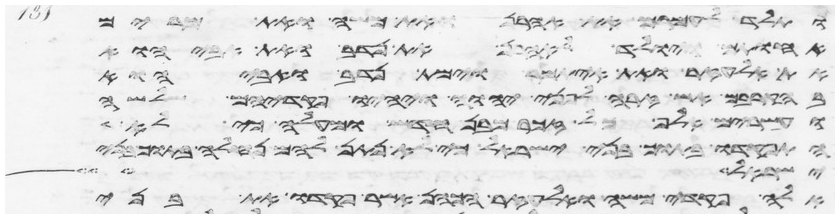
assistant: ותלד לעמרם את אהרן ואת משה ואת מרים
אחתם ויולד לאהרן את נדב ואת אביהוא
את אלעזר ואת איתמר וימת נדב ואביהוא
בהקריבם אש זרה לפני יהוה ויהיו פקדיהם שלשה
ועשרים אלף כל זכר מבן חדש ומעלה כי לא
צוי את בני ישראל וישלחו מן המחנה כל
ישראל ויט
אלה פקדי משה ואלעזר הכהן אשר פקדו את בני